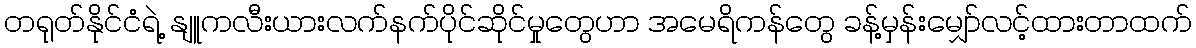
တရုတ်နိုင်ငံရဲ့ နျူကလီးယားလက်နက်ပိုင်ဆိုင်မှုတွေဟာ အမေရိကန်တွေ ခန့်မှန်းမျှော်လင့်ထားတာထက်